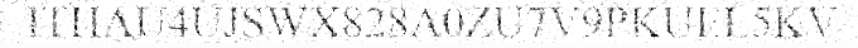
ITHAU4UJSWX828A0ZU7V9PKUEL5KV